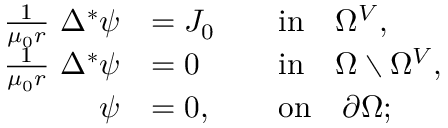
\begin{array} { r l r l } { \frac { 1 } { \mu _ { 0 } r } ~ \Delta ^ { * } \psi } & { = J _ { 0 } } & & { \mathrm { i n } \quad \Omega ^ { V } , } \\ { \frac { 1 } { \mu _ { 0 } r } ~ \Delta ^ { * } \psi } & { = 0 } & & { \mathrm { i n } \quad \Omega \setminus \Omega ^ { V } , } \\ { \psi } & { = 0 , } & & { \mathrm { o n } \quad \partial \Omega ; } \end{array}